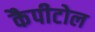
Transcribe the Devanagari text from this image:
कैपीटोल